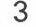
3